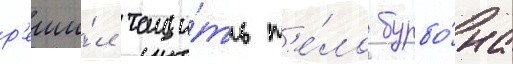
р'еши́л тащи́ть т'е́ло бурбо́на